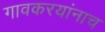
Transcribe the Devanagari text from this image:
गावकरयांनाच